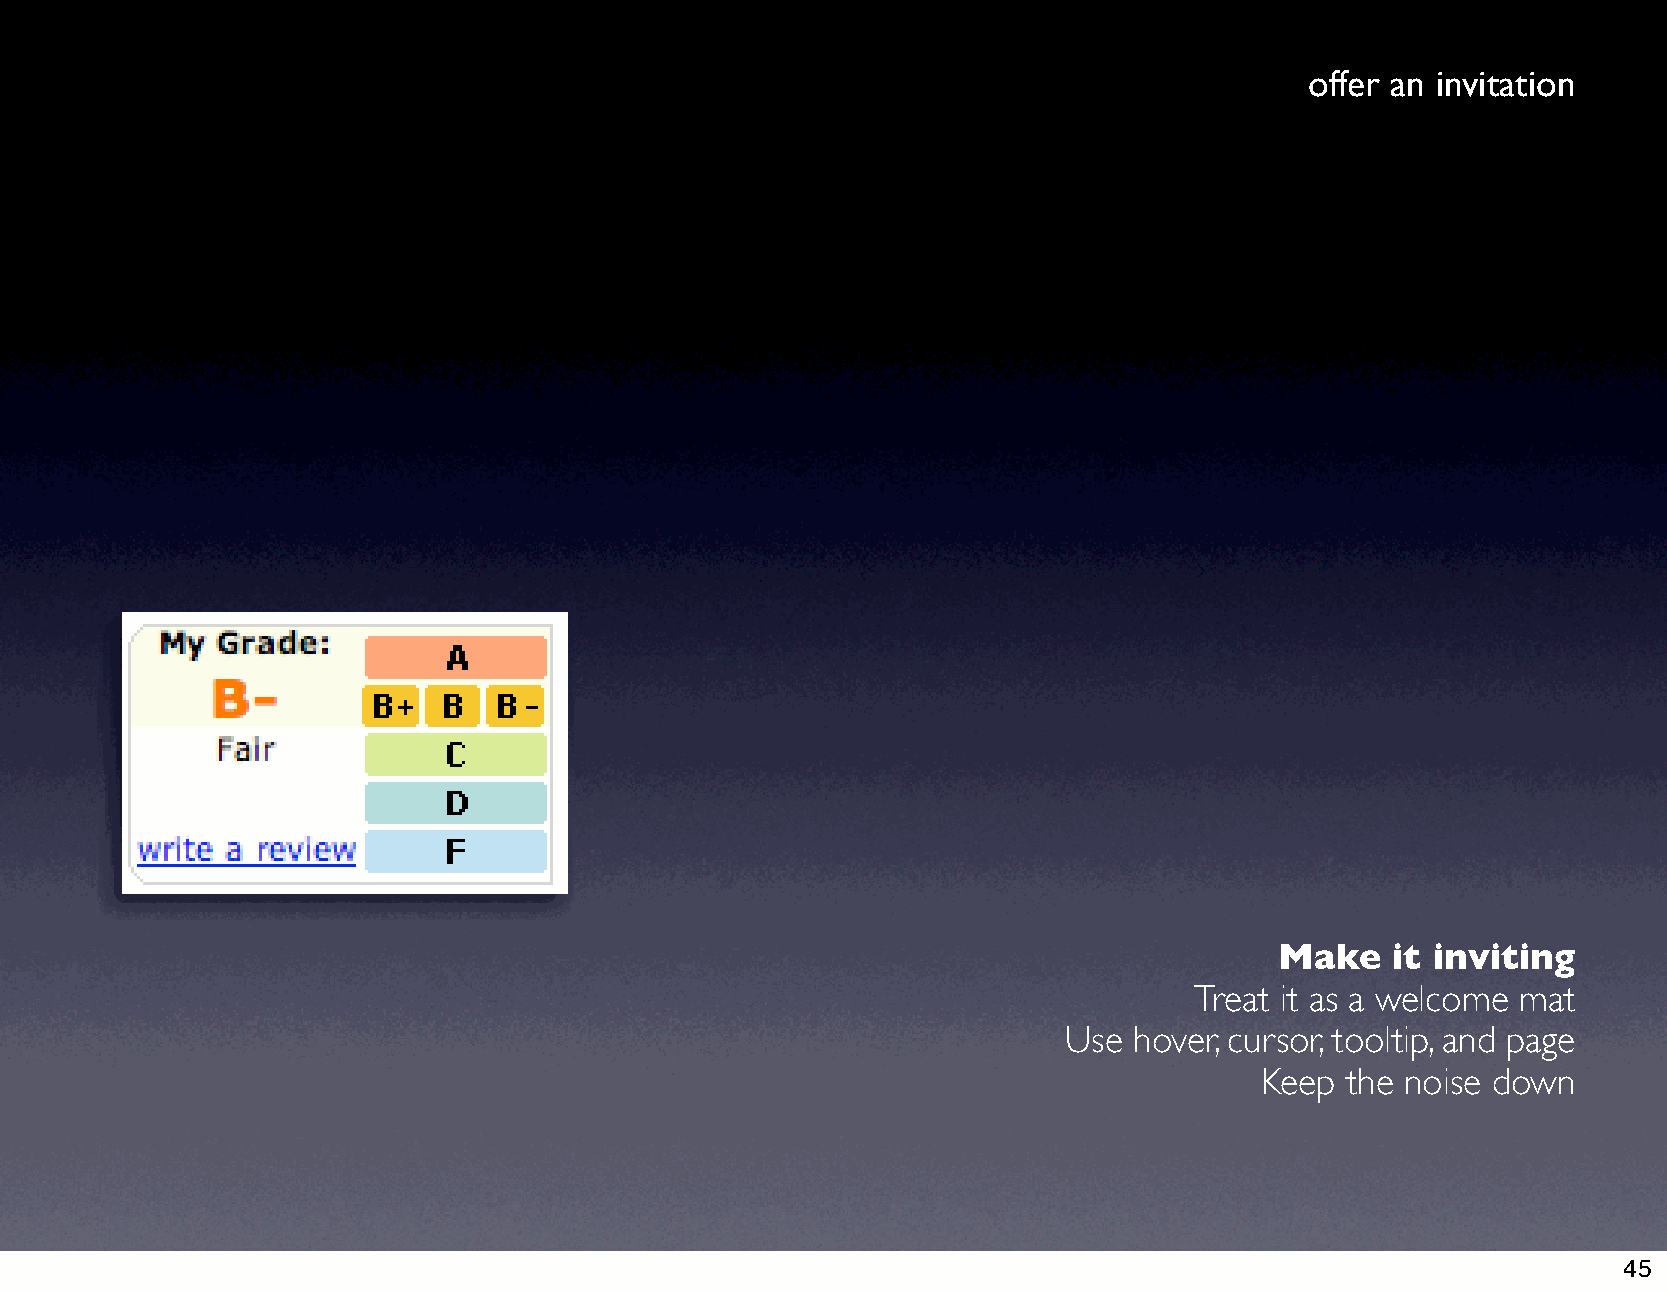
offer an invitation
 Make   it inviting
 Treat it as a welcome mat
 Use hover, cursor, tooltip, and page
 Keep  the noise down
 45